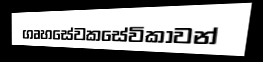
ගෘහසේවකසේවිකාවන්